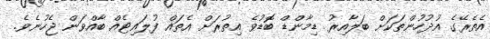
އެތެރޭގެ އުދުހުންތަކަށް ބަލާއިރު ޑިމާންޑް ބޮޑުވެ އިތުރަށް އެތައް ފުލައިޓެއް ބާއްވަން ޖެހުނެވެ.